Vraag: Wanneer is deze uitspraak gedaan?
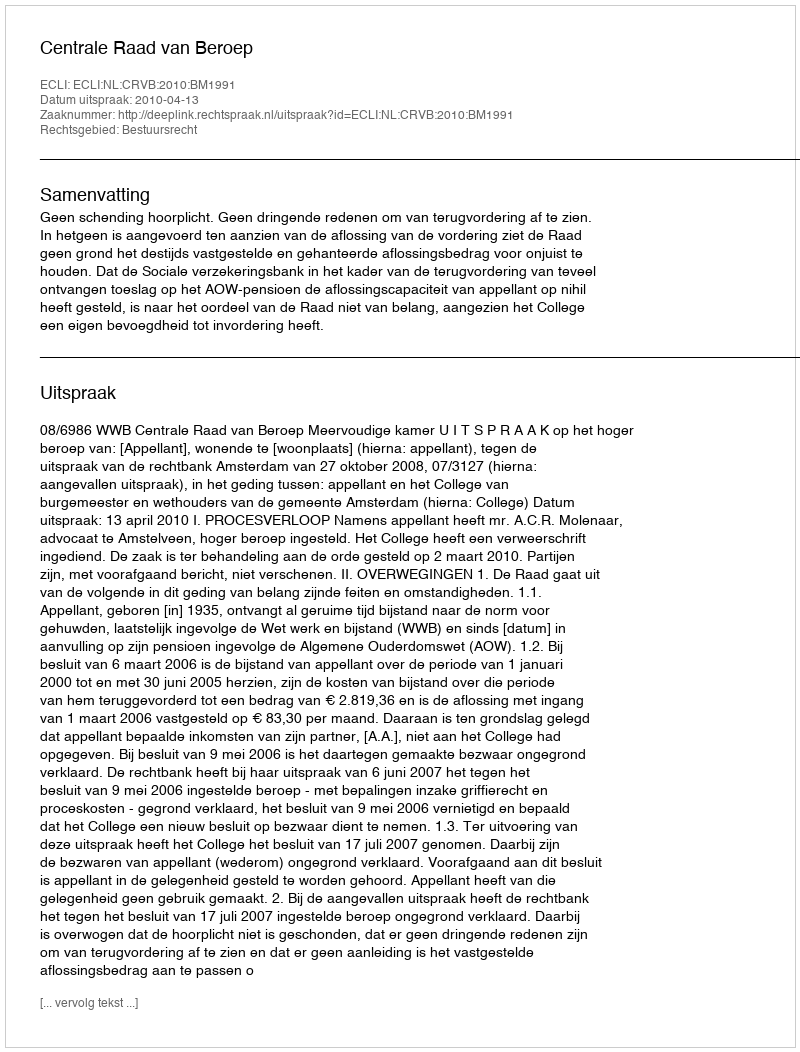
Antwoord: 2010-04-13